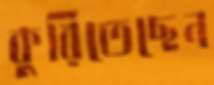
কুরিতেছেন